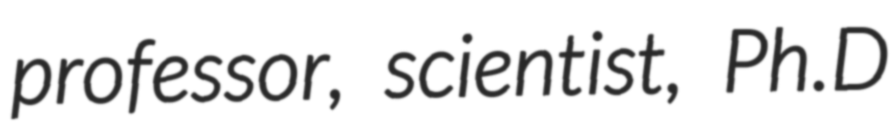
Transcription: professor, scientist, Ph.D